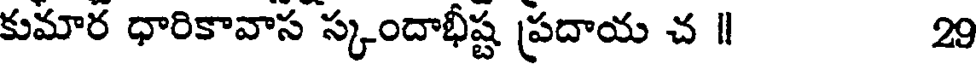
కుమార ధారికావాస స్కందాభీష్ట ప్రదాయ చ ॥ 29